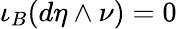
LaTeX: \iota_{B}(d\eta\wedge\nu)=0